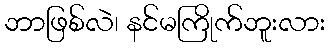
ဘာဖြစ်လဲ၊ နင်မကြိုက်ဘူးလား